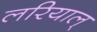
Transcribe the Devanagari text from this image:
लरियाल्